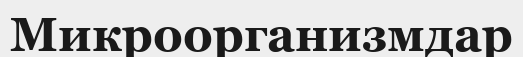
Микроорганизмдар